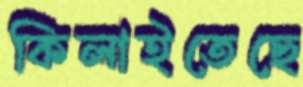
কিলাইতেছে